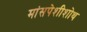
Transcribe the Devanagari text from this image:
मांसपेशीशोथ